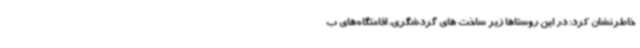
خاطرنشان کرد: در این روستاها زیر ساخت های گردشگری، اقامتگاه‌های ب